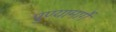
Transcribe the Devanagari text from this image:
पुण्यामार्गे